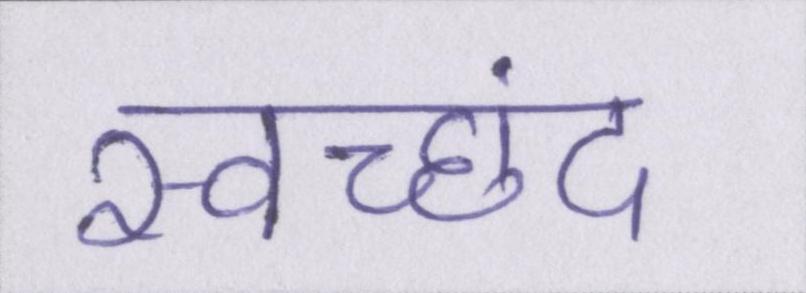
स्वच्छंद